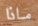
ماذا